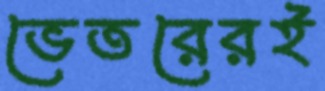
ভেতরেরই